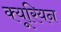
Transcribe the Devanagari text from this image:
क्यूरियन